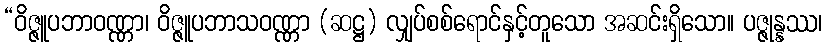
“ဝိဇ္ဇူပဘာဝဏ္ဏာ၊ ဝိဇ္ဇူပဘာသဝဏ္ဏာ (ဆဋ္ဌ) လျှပ်စစ်ရောင်နှင့်တူသော အဆင်းရှိသော။ ပဇ္ဇုန္နဿ၊